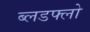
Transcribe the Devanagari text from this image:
ब्लडफ्लो